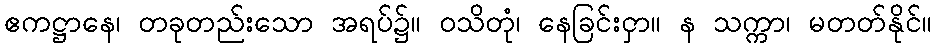
ဧကဋ္ဌာနေ၊ တခုတည်းသော အရပ်၌။ ဝသိတုံ၊ နေခြင်းငှာ။ န သက္ကာ၊ မတတ်နိုင်။